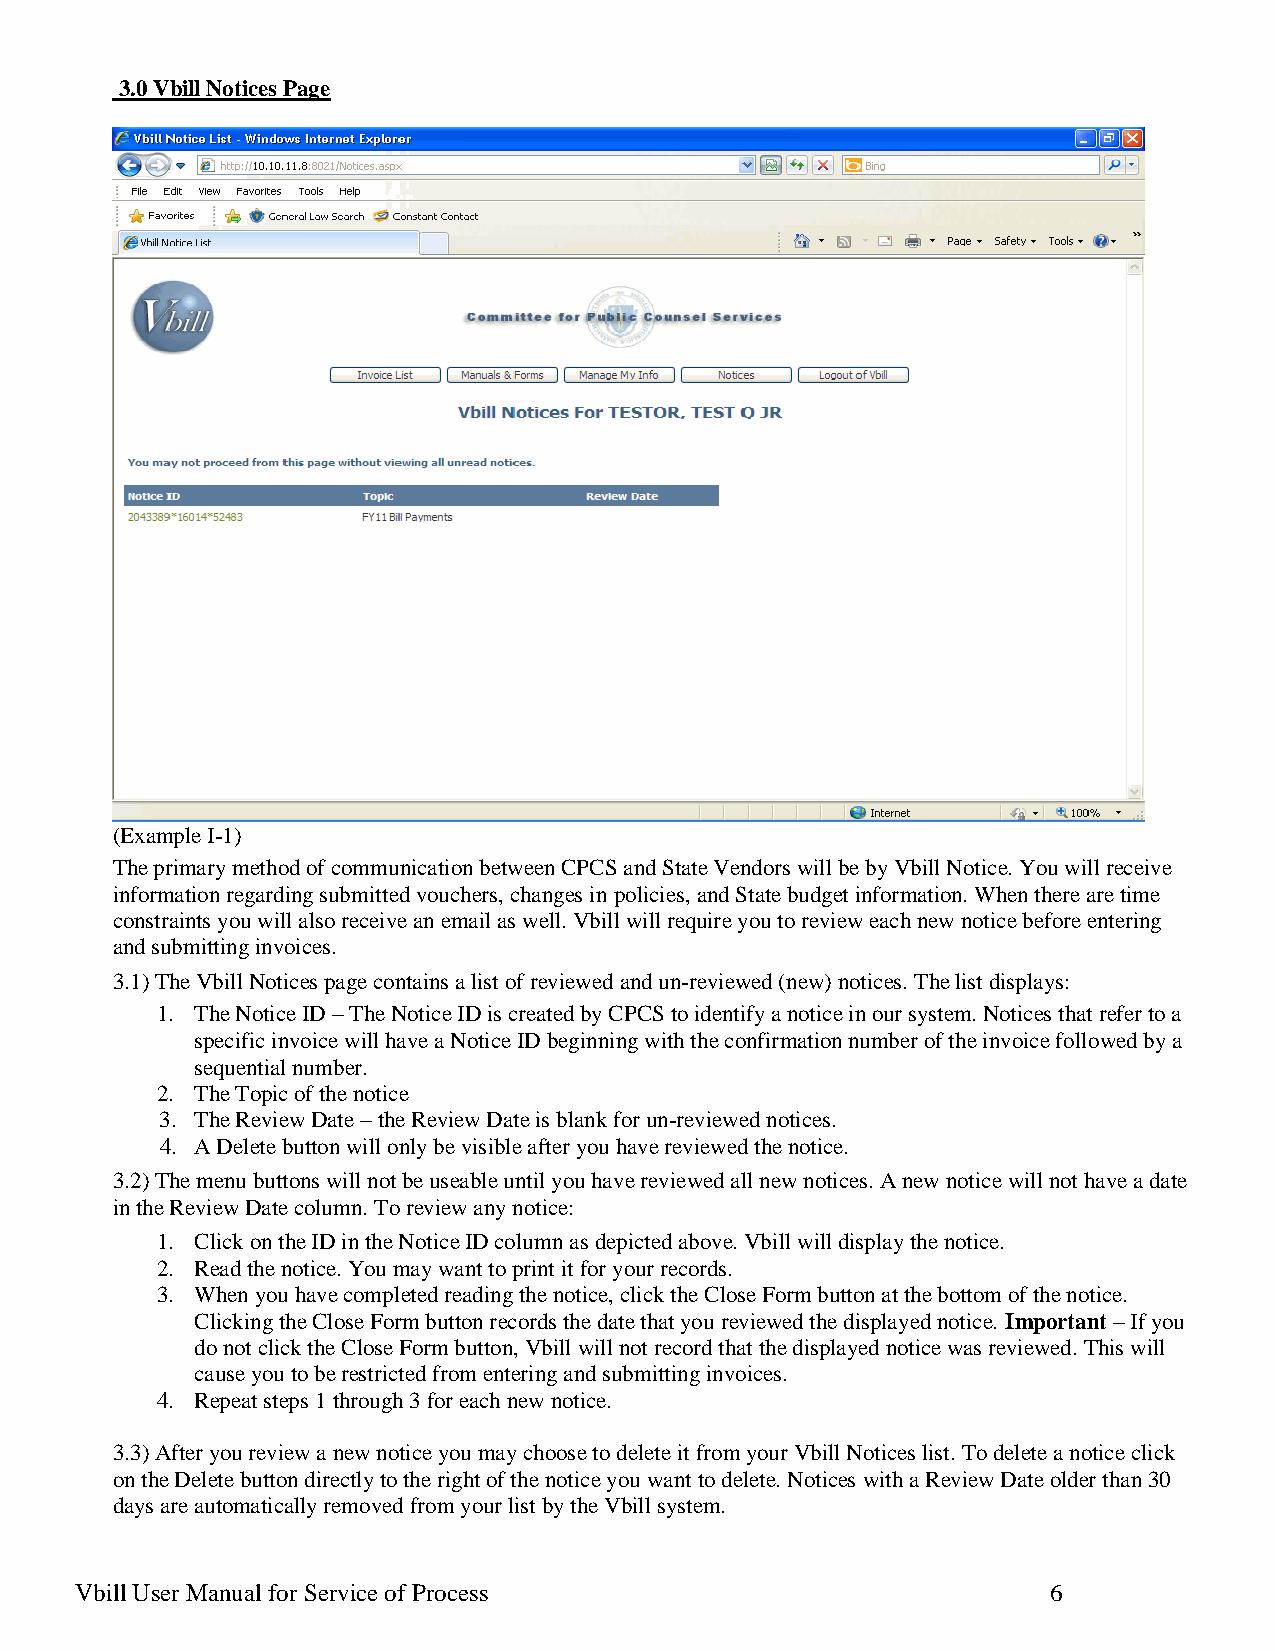
3.0 Vbill Notices Page
 (Example I-1)
 The primary method of communication between CPCS and State Vendors will be by Vbill Notice. You will receive
 information regarding submitted vouchers, changes in policies, and State budget information. When there are time
 constraints you will also receive an email as well. Vbill will require you to review each new notice before entering
 and submitting invoices.
 3.1) The Vbill Notices page contains a list of reviewed and un-reviewed (new) notices. The list displays:
 1. The Notice ID – The Notice ID is created by CPCS to identify a notice in our system. Notices that refer to a
 specific invoice will have a Notice ID beginning with the confirmation number of the invoice followed by a
 sequential number.
 2. The Topic of the notice
 3. The Review Date – the Review Date is blank for un-reviewed notices.
 4. A Delete button will only be visible after you have reviewed the notice.
 3.2) The menu buttons will not be useable until you have reviewed all new notices. A new notice will not have a date
 in the Review Date column. To review any notice:
 1. Click on the ID in the Notice ID column as depicted above. Vbill will display the notice.
 2. Read the notice. You may want to print it for your records.
 3. When you have completed reading the notice, click the Close Form button at the bottom of the notice.
 Clicking the Close Form button records the date that you reviewed the displayed notice. Important – If you
 do not click the Close Form button, Vbill will not record that the displayed notice was reviewed. This will
 cause you to be restricted from entering and submitting invoices.
 4. Repeat steps 1 through 3 for each new notice.
 3.3) After you review a new notice you may choose to delete it from your Vbill Notices list. To delete a notice click
 on the Delete button directly to the right of the notice you want to delete. Notices with a Review Date older than 30
 days are automatically removed from your list by the Vbill system.
 Vbill User Manual for Service of Process                         6